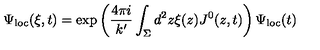
\Psi _ { \mathrm { l o c } } ( \xi , t ) = \exp \left( \frac { 4 \pi i } { k ^ { \prime } } \int _ { \Sigma } d ^ { 2 } z \xi ( z ) J ^ { 0 } ( z , t ) \right) \Psi _ { \mathrm { l o c } } ( t )